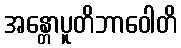
အန္တောပူတိဘာဝေါတိ